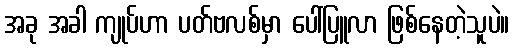
အခု အခါ ကျုပ်ဟာ ပတ်ဗလစ်မှာ ပေါ်ပြူလာ ဖြစ်နေတဲ့သူပဲ။